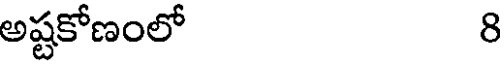
అష్టకోణంలో 8